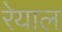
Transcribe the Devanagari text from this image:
रेयाल